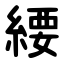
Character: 䌁